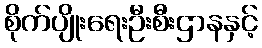
စိုက်ပျိုးရေးဦးစီးဌာနနှင့်